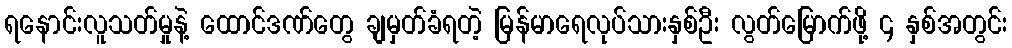
ရနောင်းလူသတ်မှုနဲ့ ထောင်ဒဏ်တွေ ချမှတ်ခံရတဲ့ မြန်မာရေလုပ်သားနှစ်ဦး လွတ်မြောက်ဖို့ ၄ နှစ်အတွင်း